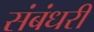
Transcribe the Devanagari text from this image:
संबंधरी